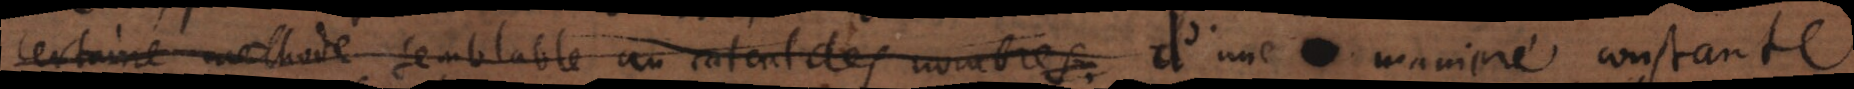
certaine methode semblable au calcul des nombres. d’une maniere constante